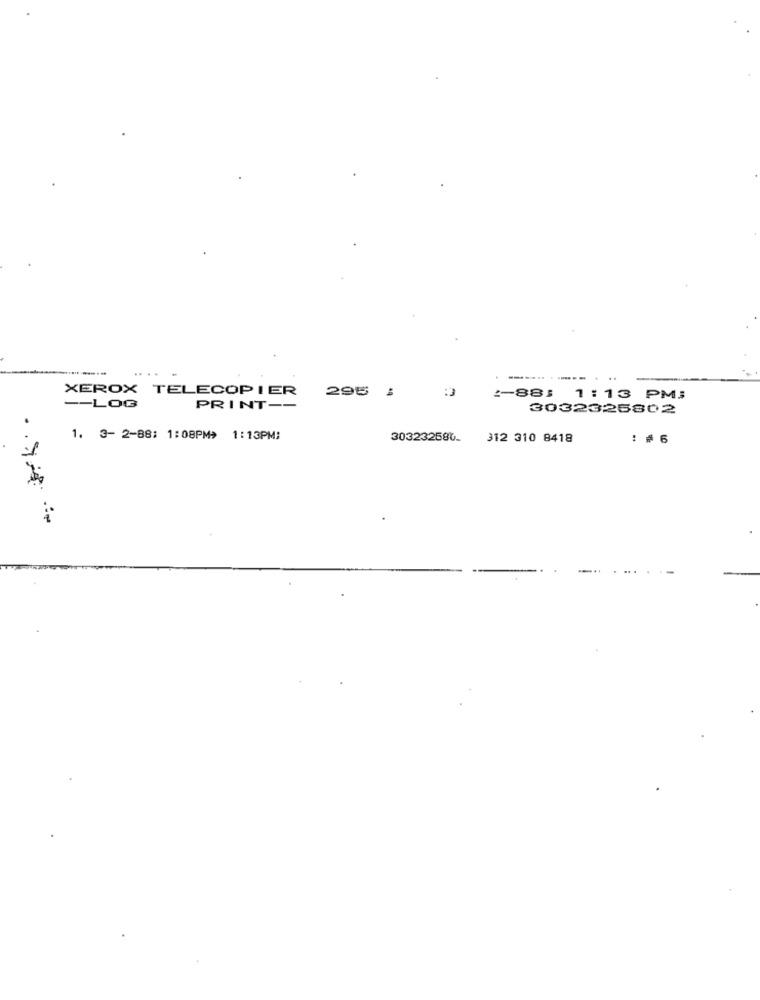
--------.-
XEROX TELECOPIER
295 :
1-881 1:13 PM3
-- LOG
PRINT --
3032325802
1. 3- 2-88: 1:08PM> 1:13PM:
303232580-
312 310 8418
: # 6